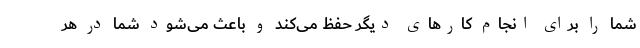
شما را برای انجام کارهای دیگر حفظ می‌کند و باعث می‌شود شما در هر